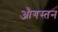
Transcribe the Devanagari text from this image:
औगस्तन